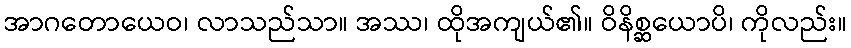
အာဂတောယေဝ၊ လာသည်သာ။ အဿ၊ ထိုအကျယ်၏။ ဝိနိစ္ဆယောပိ၊ ကိုလည်း။